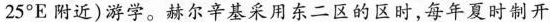
25°E附近)游学。赫尔辛基采用东二区的区时，每年夏时制开